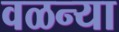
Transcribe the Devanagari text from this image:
वळन्या